Lunatic asylums in Bengal annual reports 1888-1898 - 1888-1898
Year: 1888
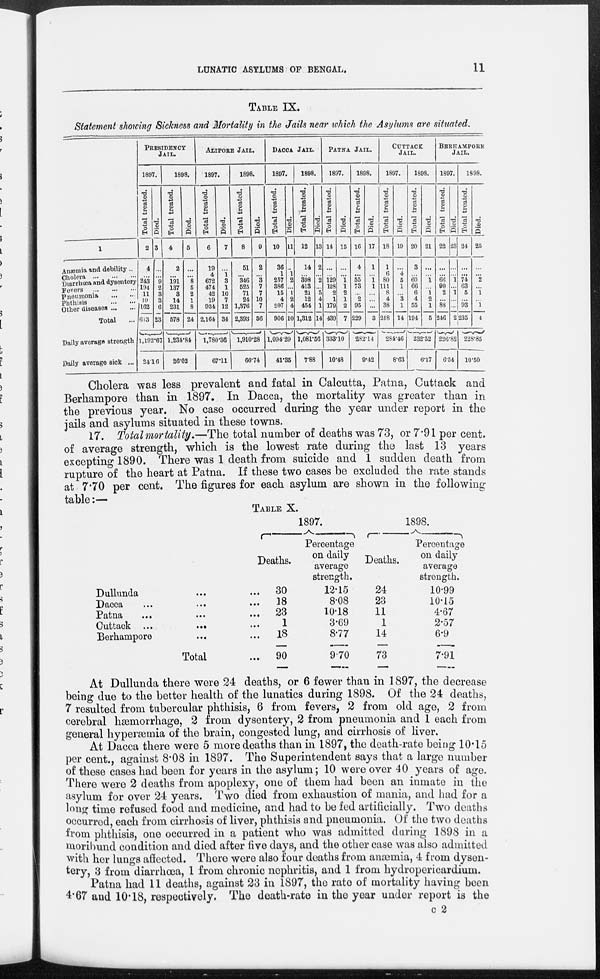
LUNATIC ASYLUMS OF BENGAL.
11
TABLE IX.
Statement showing Sickness and Mortality in the Jails near which the Asylums are situated.
1
Anæmia and debility ..
Cholera
...
...
Diarrhoea and dysentery
Fevers
...
...
Pneumonia
...
...
Phthisis
...
...
Other diseases ... ...
Total ...
Daily average strength
Daily average sick ...
PRESIDENCY
JAIL.
1897.
Total treated.
2
4
...
243
194
11
19
162
633
Died.
3
...
...
9
2
3
3
6
23
1,192.67
24.16
1898.
Total treated.
4
2
...
191
137
3
14
231
578
Died.
5
...
...
8
5
2
1
8
24
1,234.84
26.02
ALIPORE JAIL.
1897.
Total treated.
6
19
4
672
474
42
19
934
2,164
Died.
7
...
1
3
1
10
7
12
34
1,780.36
67.11
1898.
Total treated.
8
51
...
346
525
71
24
1,376
2,393
Died.
9
2
...
3
7
7
10
7
36
1,910.28
66.74
DACCA JAIL.
1897.
Total treated.
10
36
1
257
386
15
4
207
906
Died.
11
...
1
2
...
1
2
4
10
1,094.29
41.35
1898.
Total treated.
12
14
...
398
413
21
12
454
1,312
Died.
13
2
...
2
...
5
4
1
14
1,081.56
7.88
PATNA JAIL.
1897.
Total treated.
14
...
129
128
2
1
179
439
Died.
15
...
...
1
1
2
1
2
7
333.10
10.48
1898.
Total treated.
16
4
...
55
73
...
2
95
229
Died.
17
1
...
1
1
...
...
...
3
282.14
9.42
CUTTACK
JAIL.
1897.
Total treated.
18
1
6
80
111
8
4
38
218
Died.
19
...
4
5
1
...
3
1
14
284.46
8.63
1898.
Total treated.
20
3
...
60
66
6
4
55
194
Died.
21
...
...
1
...
1
2
1
5
232.52
6.17
BERHAMPORE
JAIL.
1897.
Total treated.
22
...
...
66
90
2
...
88
246
Died.
23
...
...
1
...
1
...
...
2
226.82
6.54
1898.
Total treated.
24
...
...
74
63
5
...
93
235
Died.
25
...
...
2
...
1
...
1
4
228.85
10.50
Cholera was less prevalent and fatal in Calcutta, Patna, Cuttack and
Berhampore than in 1897. In Dacca, the mortality was greater than in
the previous year. No case occurred during the year under report in the
jails and asylums situated in these towns.
17. Total mortality.—The total number of deaths was 73, or 7.91 per cent.
of average strength, which is the lowest rate during the last 13 years
excepting 1890. There was 1 death from suicide and 1 sudden death from
rupture of the heart at Patna. If these two cases be excluded the rate stands
at 7.70 per cent. The figures for each asylum are shown in the following
table:—
TABLE X.
Dullunda ... ...
Dacca
...
...
...
Patna
...
...
...
Cuttack ...
... ...
Berhampore ... ...
Total ...
1897.
Deaths.
30
18
23
1
18
90
Percentage
on daily
average
strength.
12.15
8.08
10.18
3.69
8.77
9.70
1898.
Deaths.
24
23
11
1
14
73
Percentage
on daily
average
strength.
10.99
10.15
4.67
2.57
6.9
7.91
At Dullunda there were 24 deaths, or 6 fewer than in 1897, the decrease
being due to the better health of the lunatics during 1898. Of the 24 deaths,
7 resulted from tubercular phthisis, 6 from fevers, 2 from old age, 2 from
cerebral hæmorrhage, 2 from dysentery, 2 from pneumonia and 1 each from
general hyperæmia of the brain, congested lung, and cirrhosis of liver.
At Dacca there were 5 more deaths than in 1897, the death-rate being 10.15
per cent., against 8.08 in 1897. The Superintendent says that a large number
of these cases had been for years in the asylum; 10 were over 40 years of age.
There were 2 deaths from apoplexy, one of them had been an inmate in the
asylum for over 24 years. Two died from exhaustion of mania, and had for a
long time refused food and medicine, and had to be fed artificially. Two deaths
occurred, each from cirrhosis of liver, phthisis and pneumonia. Of the two deaths
from phthisis, one occurred in a patient who was admitted during 1898 in a
moribund condition and died after five days, and the other case was also admitted
with her lungs affected. There were also four deaths from anæmia, 4 from dysen-
tery, 3 from diarrhœa, 1 from chronic nephritis, and 1 from hydropericardium.
Patna had 11 deaths, against 23 in 1897, the rate of mortality having been
4.67 and 10.18, respectively. The death-rate in the year under report is the
C 2